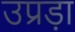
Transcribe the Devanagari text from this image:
उप्रड़ा